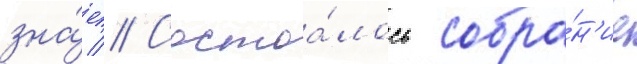
зна́ет // Состоа́лось собра́н'ие